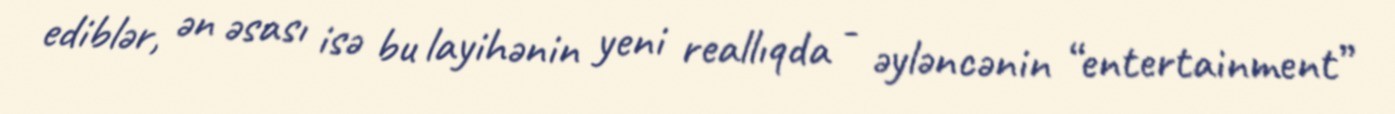
ediblər, ən əsası isə bu layihənin yeni reallıqda - əyləncənin “entertainment”